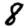
Digit: 8